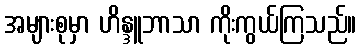
အများစုမှာ ဟိန္ဒူဘာသာ ကိုးကွယ်ကြသည်။